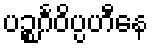
ပဉ္စင်္ဂဝိပ္ပဟီနေ